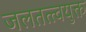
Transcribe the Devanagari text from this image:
जलतत्त्वयुक्त